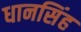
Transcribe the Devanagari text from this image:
धानसिंह